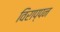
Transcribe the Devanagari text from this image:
विराप्पन